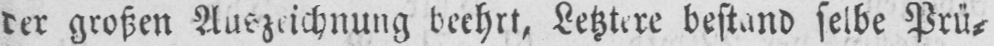
der großen Aufzeichnung beehrt, Letztere bestand selbe Prü⸗